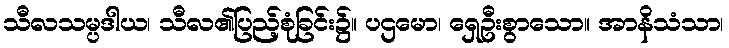
သီလသမ္ပဒါယ၊ သီလ၏ပြည့်စုံခြင်း၌။ ပဌမော၊ ရှေဦးစွာသော။ အာနိသံသာ၊